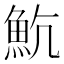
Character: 𩵸